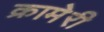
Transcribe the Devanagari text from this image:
क्रामेरी